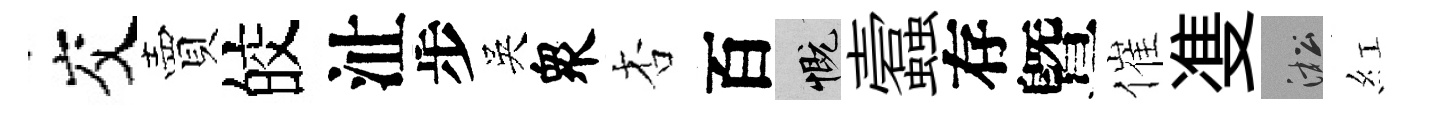
交賣皎沚步吳衆杏百慨蠧存曁催㕠淞紅